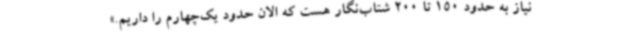
نیاز به حدود 150 تا 200 شتاب‌نگار هست که الان حدود یک‌چهارم را داریم.»